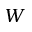
W